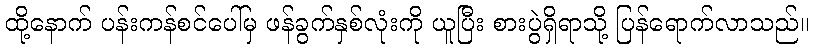
ထို့နောက် ပန်းကန်စင်ပေါ်မှ ဖန်ခွက်နှစ်လုံးကို ယူပြီး စားပွဲရှိရာသို့ ပြန်ရောက်လာသည်။